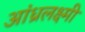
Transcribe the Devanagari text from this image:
आंध्रलक्ष्मी